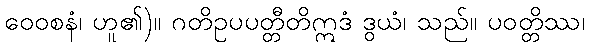
ဝေဝစနံ၊ ဟူ၏)။ ဂတိဥပပတ္တီတိဣဒံ ဒွယံ၊ သည်။ ပဝတ္တိဿ၊